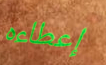
إعطاءه